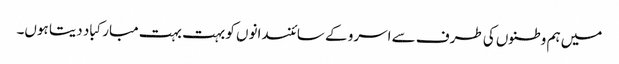
میں ہم وطنوں کی طرف سے اسرو کے سائنسدانوں کو بہت بہت مبارکباد دیتا ہوں۔